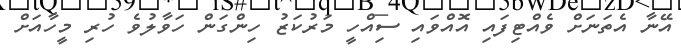
އޭނާ އެތަނަށް ވެއްޓިފައި އޮއްވައި ސިއްހީ މަރުކަޒު ހިންގަން ހަވާލުވެ ހުރި މީހާއަށް